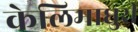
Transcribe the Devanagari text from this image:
केलिमाधुरी